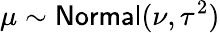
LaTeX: \mu\sim\mathsf{Normal}(\nu,\tau^{2})